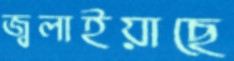
জ্বলাইয়াছে